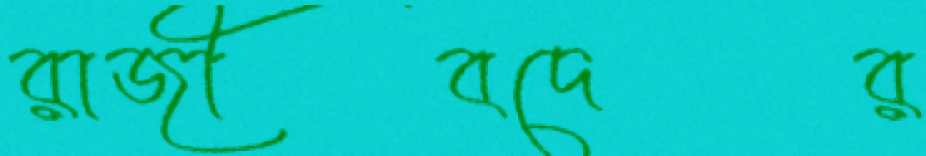
রাজীবদের